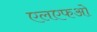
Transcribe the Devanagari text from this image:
एलएफओ